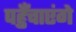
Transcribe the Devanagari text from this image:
पहुँचाएंगे